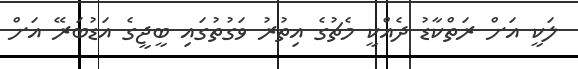
ލަކީ އަށް ރަތްކާޑު ދެއްކީ މެޗުގެ އިތުރު ވަގުތުގައި ބީޖީގެ އަޑުބަރޭ އަށް